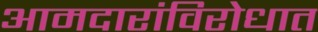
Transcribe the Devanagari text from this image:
आमदारांविरोधात